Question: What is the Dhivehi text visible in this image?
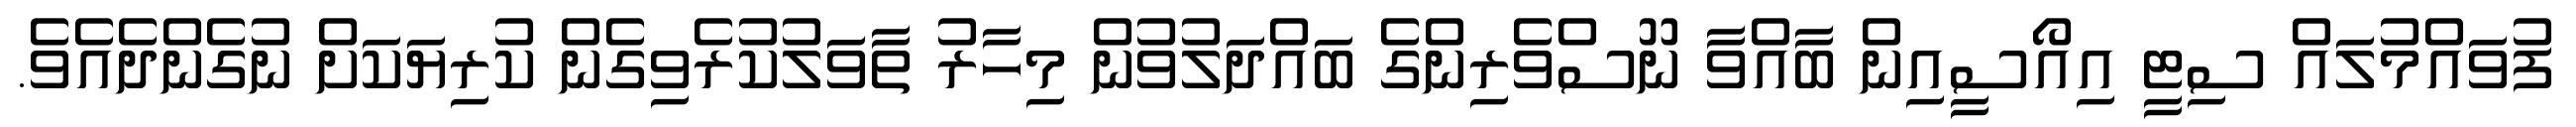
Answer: ފުވައްމުލައް ސިޓީ އިއޯސީއިން ބާއްވާ ނޫސްވެރިންގެ ބައްދަލުވުން މިހާރު ތާވަލުކުރެވިގެން ކުރިޔަކަށް ނުގެންދެއެވެ.